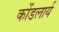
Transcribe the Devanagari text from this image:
कोंडलार्य